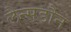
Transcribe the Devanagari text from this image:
लैन्सडौन